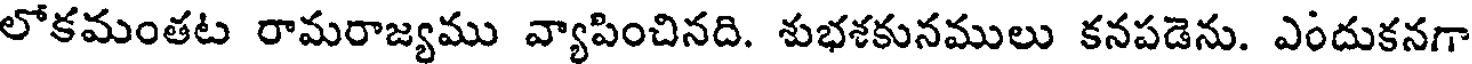
లోకమంతట రామరాజ్యము వ్యాపించినది. శుభశకునములు కనపడెను. ఎందుకనగా